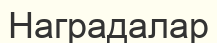
Наградалар